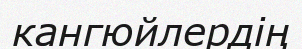
кангюйлердің